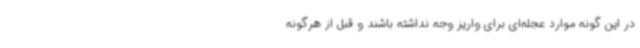
در این گونه موارد عجله‌ای برای واریز وجه نداشته باشند و قبل از هرگونه